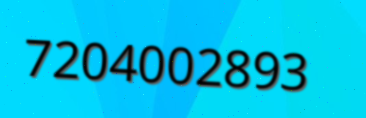
7204002893